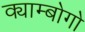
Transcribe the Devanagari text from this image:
क्याम्बोगो